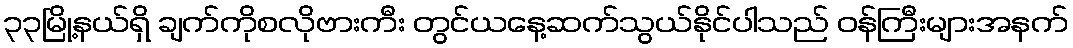
၃၃မြို့နယ်ရှိ ချက်ကိုစလိုဗားကီး တွင်ယနေ့ဆက်သွယ်နိုင်ပါသည် ဝန်ကြီးများအနက်